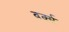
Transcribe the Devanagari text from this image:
वर्क्स